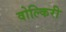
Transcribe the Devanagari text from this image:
वोल्किरी